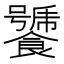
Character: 𩞣